Bréfritari: Guðjón Vigfússon
Viðtakandi: Einar Friðgeirsson
Dagsetning: A-1886-11-16
Skrifað á: Klausturhólum  Árn.

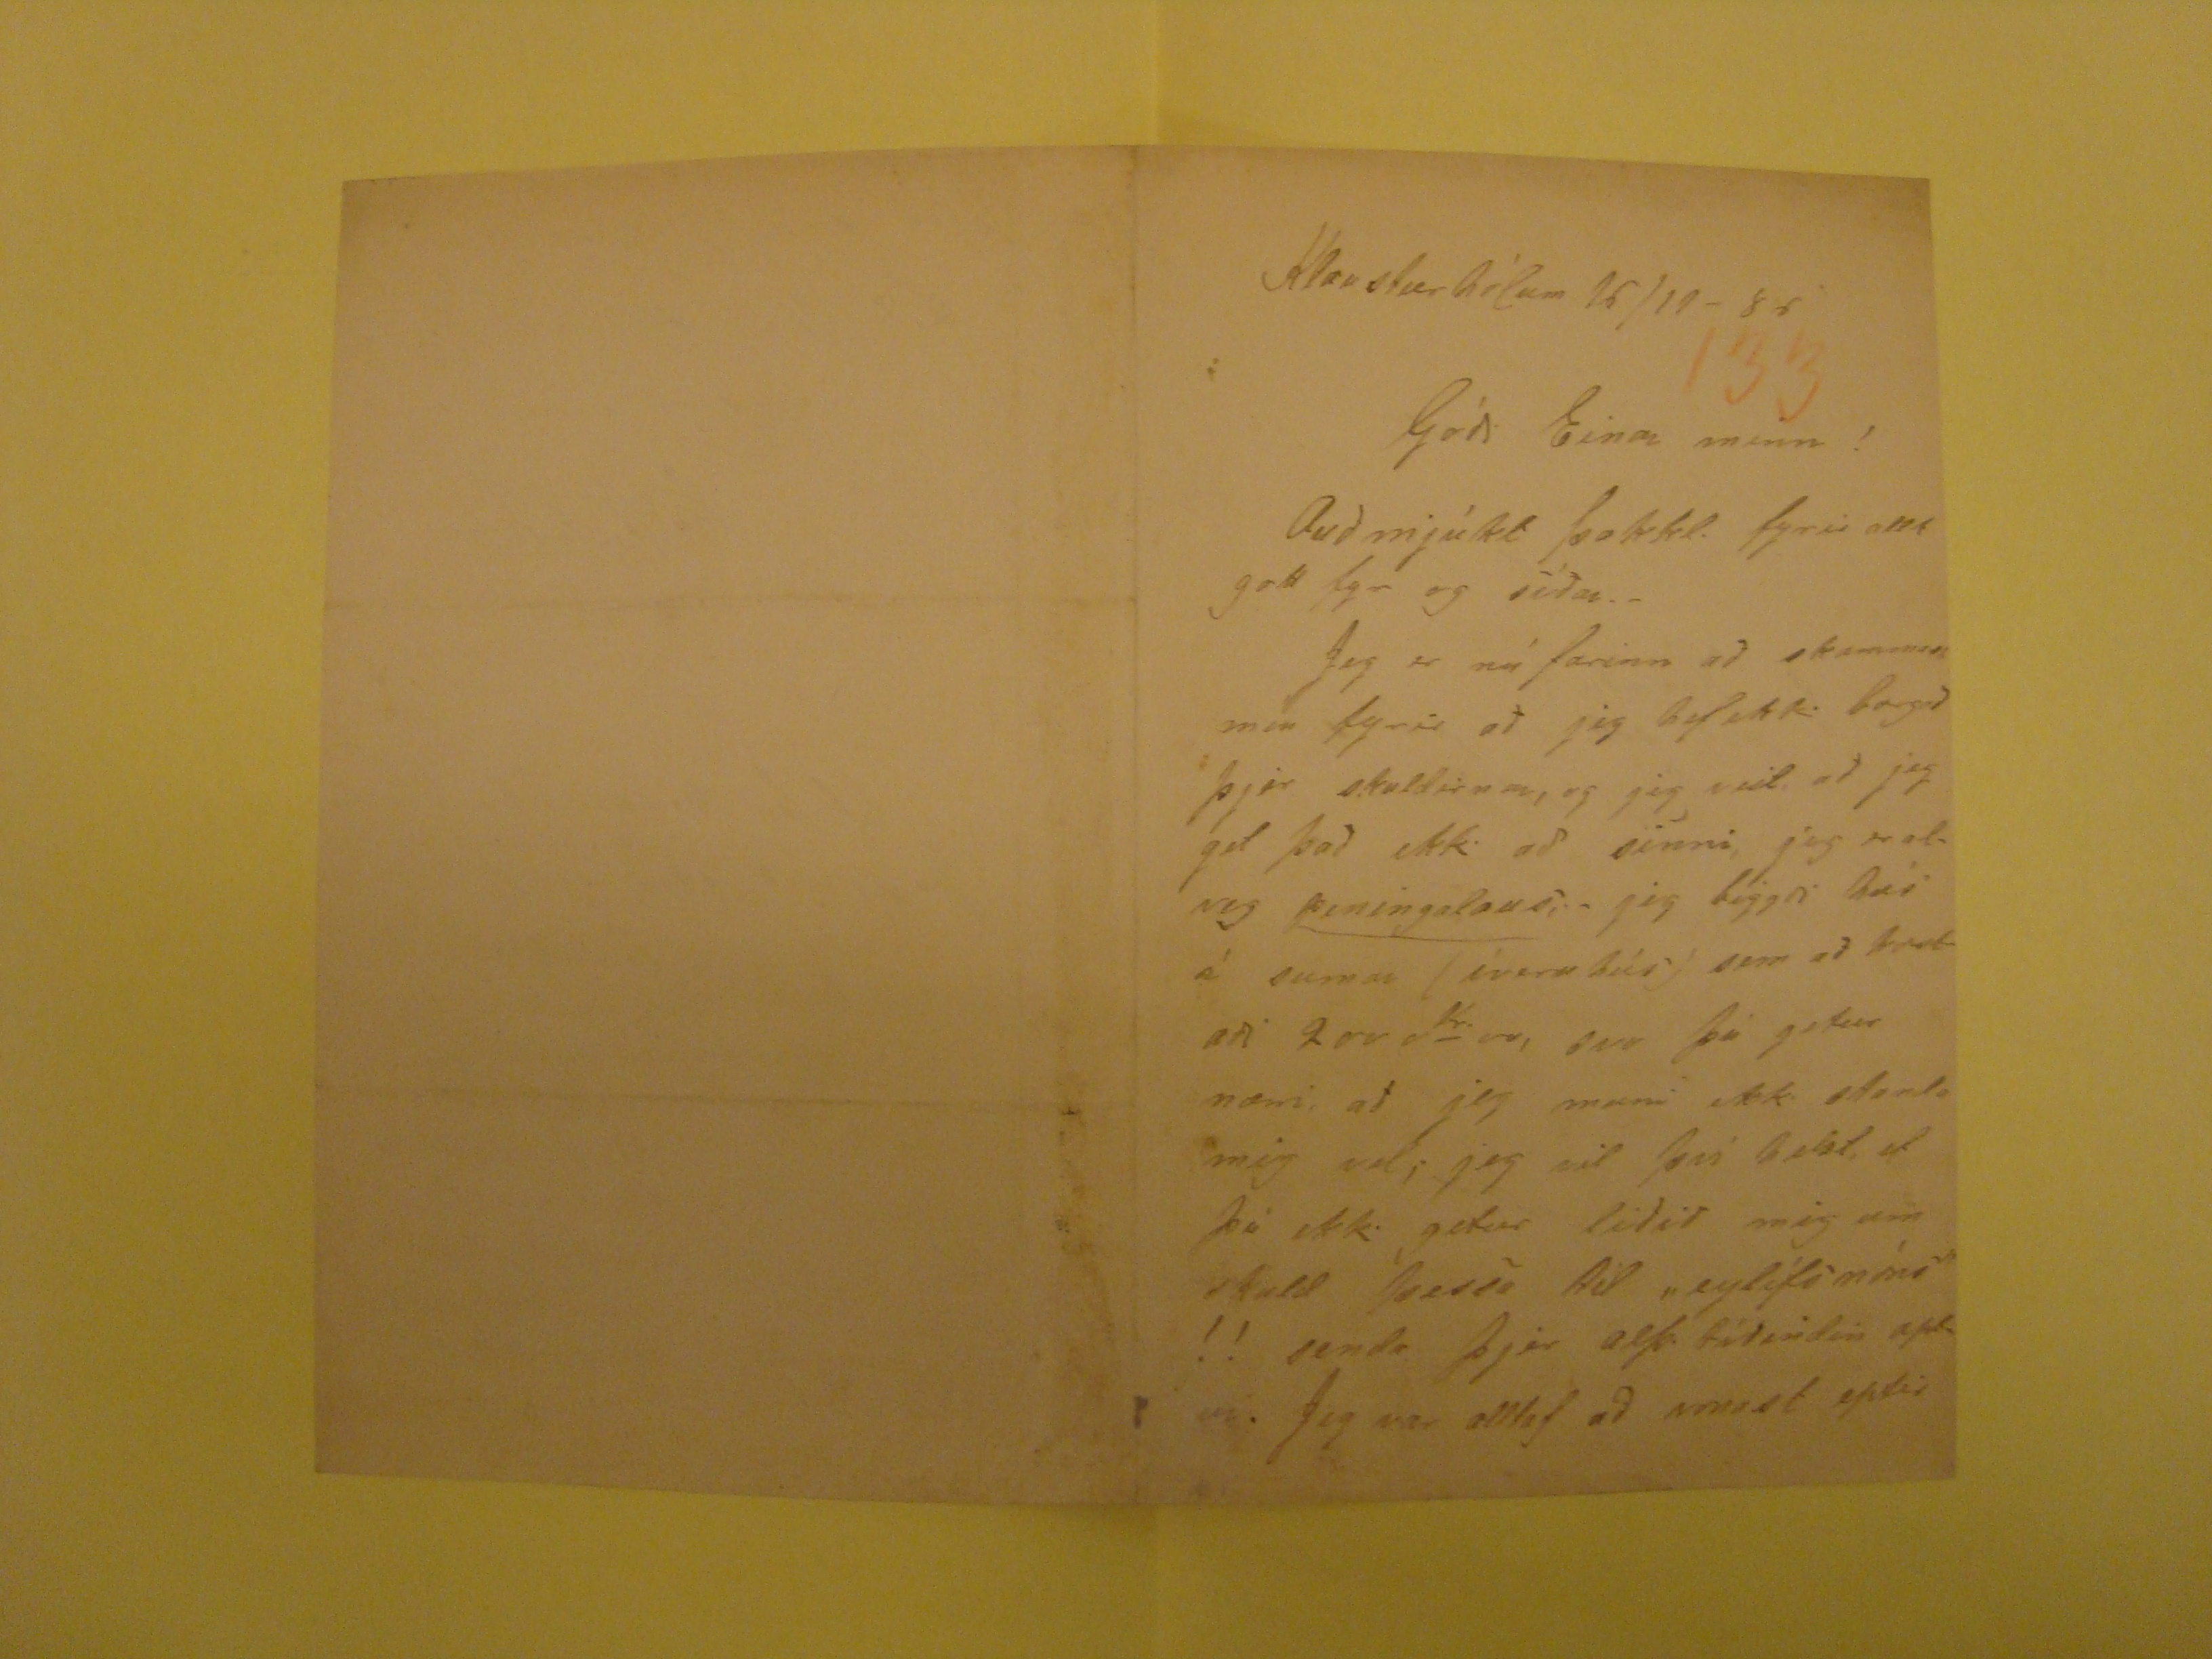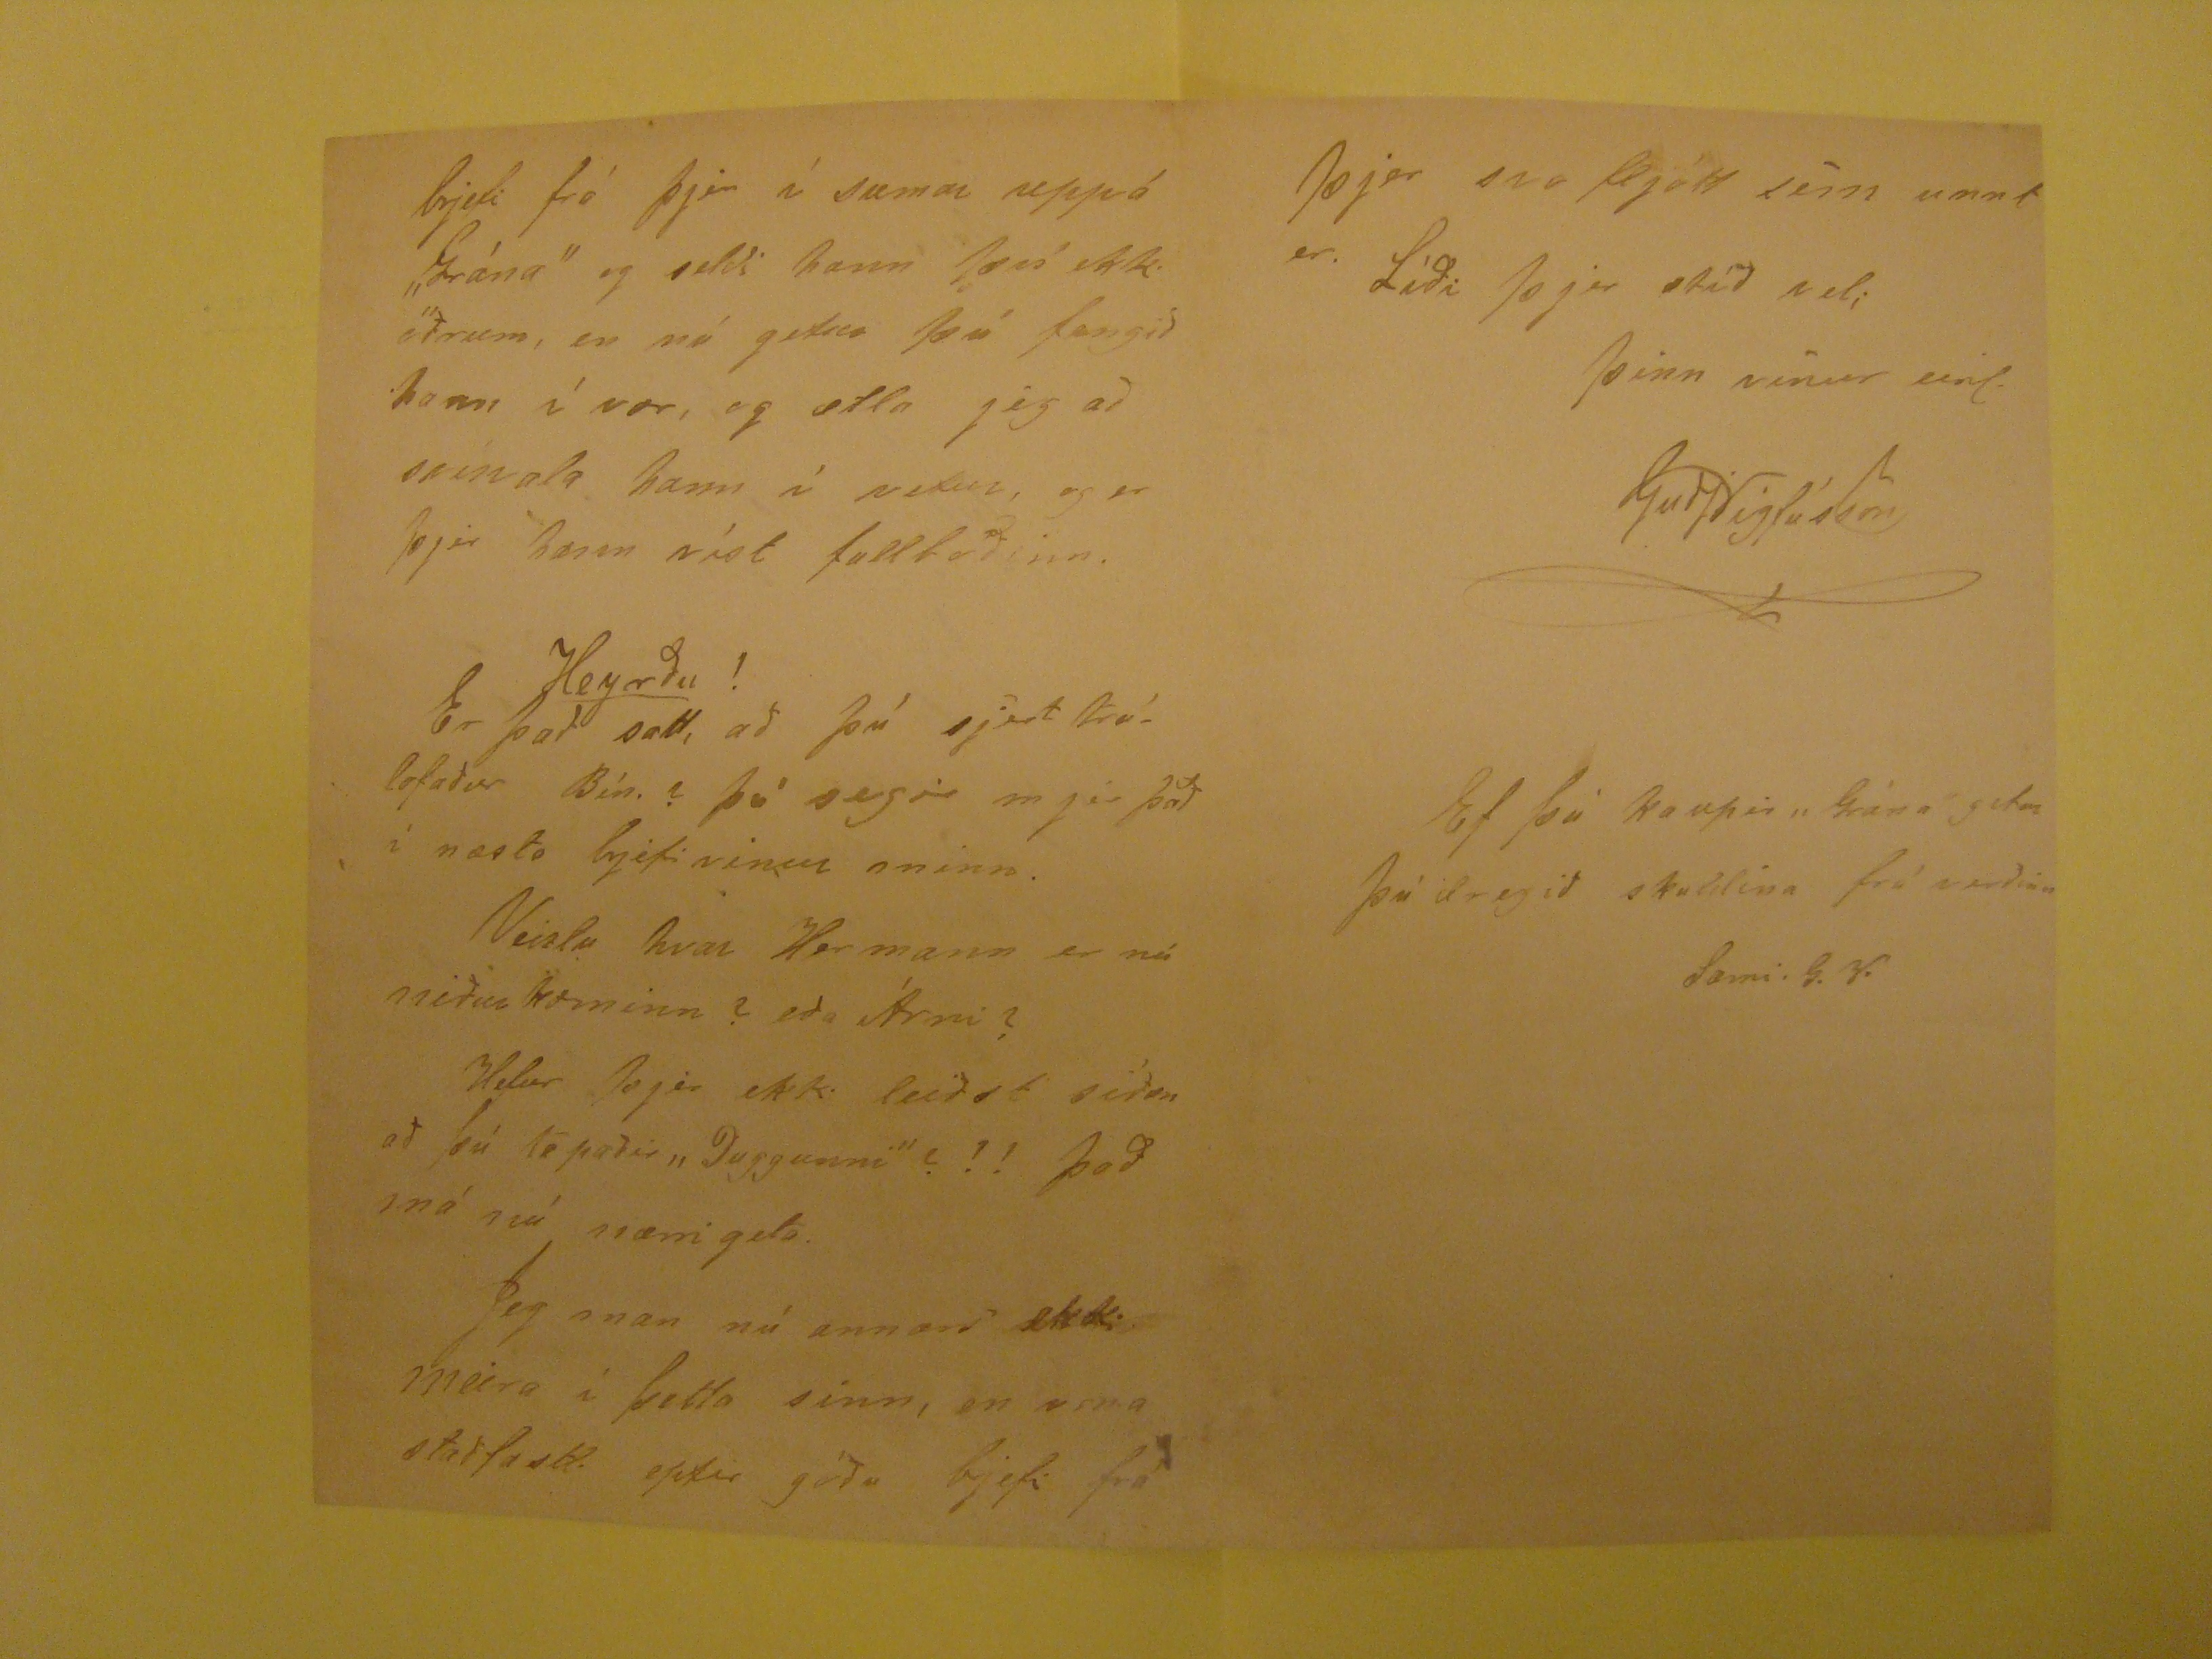

Klausturhólum 16/11- 86
Góði Einar minn!
Auðmjúkt þakkl. fyrir allt gott fyr og síðar.- Jeg er nú farinn að skammast mín fyrir að jeg hef ekki borgað þjer skuldirnar, og jeg veit, að jeg get það ekki að sinni,
jeg
eralveg
peningalaus
;- jeg biggði hús á sumar (íveru hús) sem að kostaði 200
Kr
00, svo þú getur nærri, að jeg muni ekki standa mig vel; jeg vil því belst, ef þú ekki getur liðið mig um skuld þessa til "eylífs míns" !! senda þjer alþ. tíðindin aptur. Jeg
var alltaf að vonast eptir
brjefi frá þjer í sumar uppá "Grána" og seldi hann því ekki öðrum, en nú getur þú fengið hann í vor, og ætla jeg að
svinala
hann í vetur, og er
þjer hann víst fulltoðinn.
Heyrðu!
Er það satt, að þú sjert trúlofasður Bín. ? þú segir mjer það í næsta brjefi vinur minn. Veislu hvar Her mann er nú niður
kominn? eða Árni? Hefur þjer ekki leiðst siðan að þú tapaðir "Duggunni"?!! það má nú nærri geta. Jeg man nú annars ekki meira í þetta sinn, en vona staðfastl. eptir góðu
brjefi frá
þjer svo fljótt sem unnt er. Líði þjer ætíð vel;
Þinn vinur einl.
GuðjVigfússon